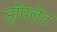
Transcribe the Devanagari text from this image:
ड्रॉपलेट